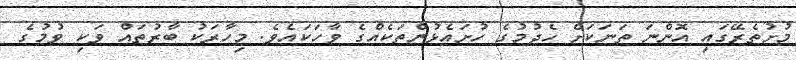
މުށުތެރޭގައި އޮންނަ ތަނަކަށް ހެދުމުގެ ހުށައެޅުންތަކެއްގެ ވާހަކައެވެ. މިހާރަކު ބާރުތައް ވަކި ވުމުގެ